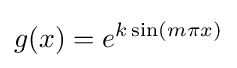
g(x)=e^{k\sin(m\pi x)}